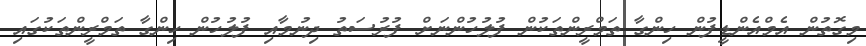
މިގޮތުން އެމްއެންޑީފުން ހިންގާ ތަމްރީންތަކުން ފުލުހުންނަށް ފުރުސަތު ދިނުމާއި ފުލުހުން ހިންގާ ތަމްރީންތަކުގައި